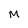
Character: M